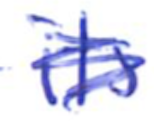
Text: its
Cross-out: mix
Writing tool: ballpoint